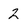
Character: 2